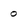
Character: 0